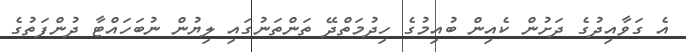
އެ ގަވާއިދުގެ ދަށުން ކެއިން ބުއިމުގެ ހިދުމަތްދޭ ތަންތަނުގައި ލިޔުން ނުބަހައްޓާ ދުންފަތުގެ